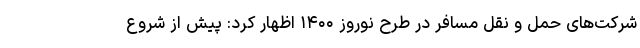
شرکت‌های حمل و نقل مسافر در طرح نوروز ۱۴۰۰ اظهار کرد: پیش از شروع